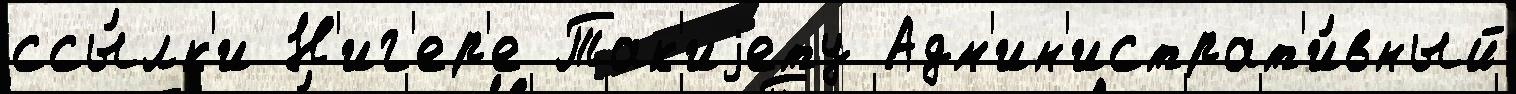
ссы́лк'и Н'иг'ер'е Так'иjету Адм'ин'истрат'и́вный